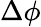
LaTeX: \Delta\phi